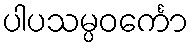
ပါပသမ္ပဝင်္ကော